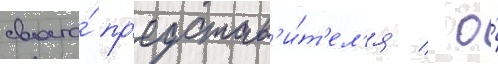
своего́ пр'едстав'и́т'ел'я / о́